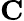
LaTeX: \textbf{C}